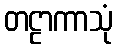
တဠာကာသုံ